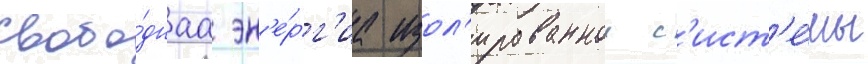
свобо́днаа эн'е́рг'иа изол'ированнои с'ист'е́мы